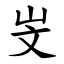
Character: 㞵